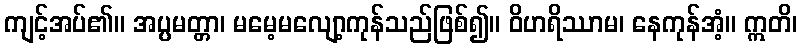
ကျင့်အပ်၏။ အပ္ပမတ္တာ၊ မမေ့မလျော့ကုန်သည်ဖြစ်၍။ ဝိဟရိဿာမ၊ နေကုန်အံ့။ ဣတိ၊